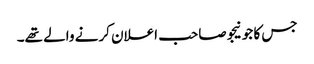
جس کا جونیجو صاحب اعلان کرنے والے تھے۔